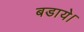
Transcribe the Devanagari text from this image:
बडाये।